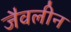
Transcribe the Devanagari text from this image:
जैवलीन